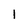
Character: 1